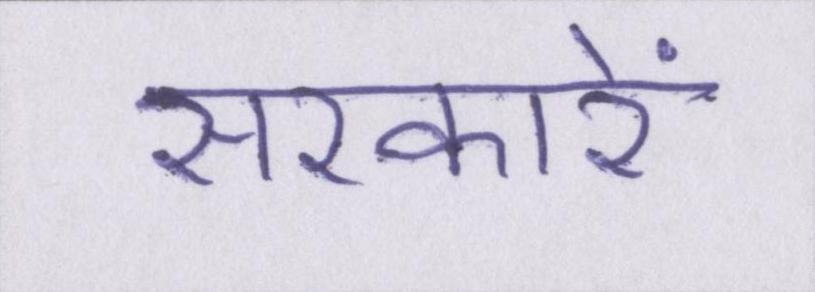
सरकारें